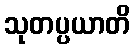
သုတပ္ပယာတိ